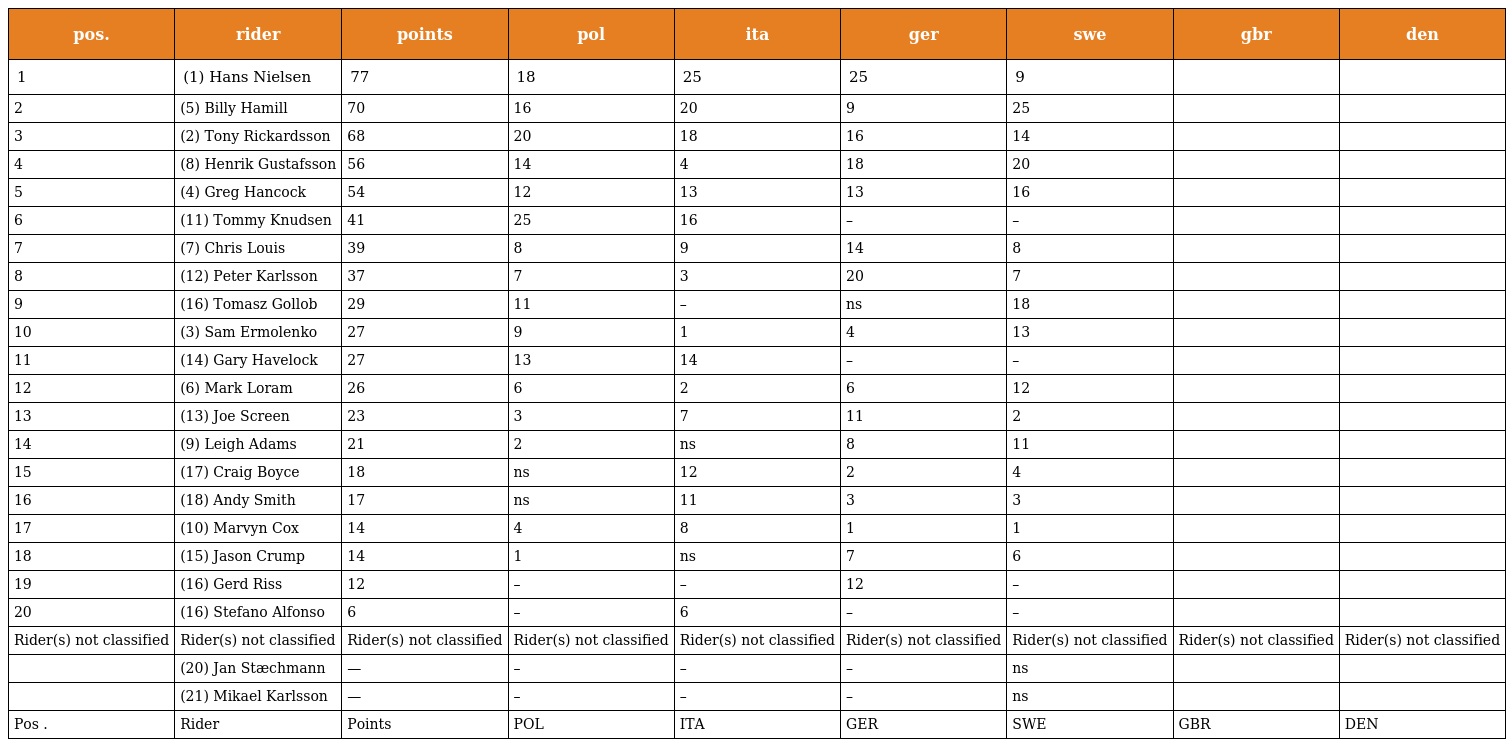
| pos. | rider | points | pol | ita | ger | swe | gbr | den |
 | --- | --- | --- | --- | --- | --- | --- | --- | --- |
 | 1 | (1) Hans Nielsen | 77 | 18 | 25 | 25 | 9 |  |  |
 | 2 | (5) Billy Hamill | 70 | 16 | 20 | 9 | 25 |  |  |
 | 3 | (2) Tony Rickardsson | 68 | 20 | 18 | 16 | 14 |  |  |
 | 4 | (8) Henrik Gustafsson | 56 | 14 | 4 | 18 | 20 |  |  |
 | 5 | (4) Greg Hancock | 54 | 12 | 13 | 13 | 16 |  |  |
 | 6 | (11) Tommy Knudsen | 41 | 25 | 16 | – | – |  |  |
 | 7 | (7) Chris Louis | 39 | 8 | 9 | 14 | 8 |  |  |
 | 8 | (12) Peter Karlsson | 37 | 7 | 3 | 20 | 7 |  |  |
 | 9 | (16) Tomasz Gollob | 29 | 11 | – | ns | 18 |  |  |
 | 10 | (3) Sam Ermolenko | 27 | 9 | 1 | 4 | 13 |  |  |
 | 11 | (14) Gary Havelock | 27 | 13 | 14 | – | – |  |  |
 | 12 | (6) Mark Loram | 26 | 6 | 2 | 6 | 12 |  |  |
 | 13 | (13) Joe Screen | 23 | 3 | 7 | 11 | 2 |  |  |
 | 14 | (9) Leigh Adams | 21 | 2 | ns | 8 | 11 |  |  |
 | 15 | (17) Craig Boyce | 18 | ns | 12 | 2 | 4 |  |  |
 | 16 | (18) Andy Smith | 17 | ns | 11 | 3 | 3 |  |  |
 | 17 | (10) Marvyn Cox | 14 | 4 | 8 | 1 | 1 |  |  |
 | 18 | (15) Jason Crump | 14 | 1 | ns | 7 | 6 |  |  |
 | 19 | (16) Gerd Riss | 12 | – | – | 12 | – |  |  |
 | 20 | (16) Stefano Alfonso | 6 | – | 6 | – | – |  |  |
 | Rider(s) not classified | Rider(s) not classified | Rider(s) not classified | Rider(s) not classified | Rider(s) not classified | Rider(s) not classified | Rider(s) not classified | Rider(s) not classified | Rider(s) not classified |
 |  | (20) Jan Stæchmann | — | – | – | – | ns |  |  |
 |  | (21) Mikael Karlsson | — | – | – | – | ns |  |  |
 | Pos . | Rider | Points | POL | ITA | GER | SWE | GBR | DEN |